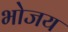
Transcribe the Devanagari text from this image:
भोजय